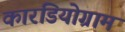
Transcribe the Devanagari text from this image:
कारडियोग्राम